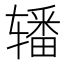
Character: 𰺜